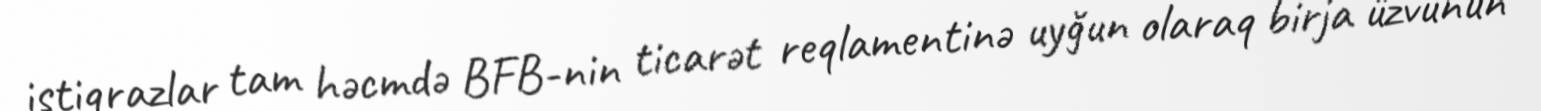
istiqrazlar tam həcmdə BFB-nin ticarət reqlamentinə uyğun olaraq birja üzvünün